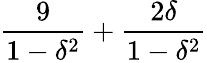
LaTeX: {\frac{9}{1-\delta^{2}}}+{\frac{2\delta}{1-\delta^{2}}}